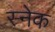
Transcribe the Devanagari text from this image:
स्‍नेक